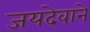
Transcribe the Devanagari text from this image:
जयदेवाने